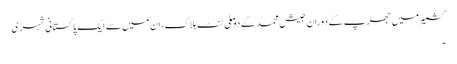
کشمیر میں جھڑپ کے دوران جیش محمد کے دو ملی ٹنٹ ہلاک، ان میں سے ایک پاکستانی شہری
۔